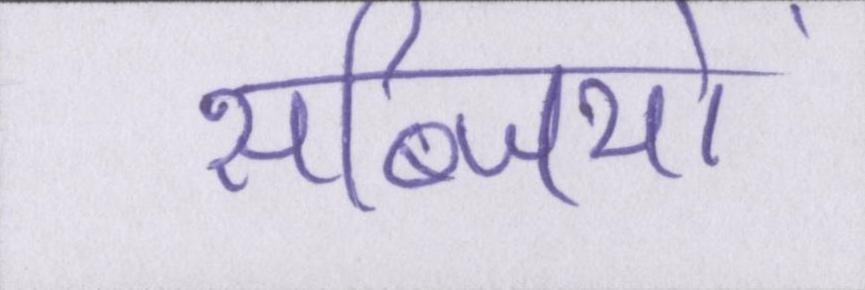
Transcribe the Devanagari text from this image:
सब्जियों